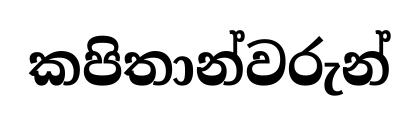
කපිතාන්වරුන්